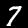
Digit: 7